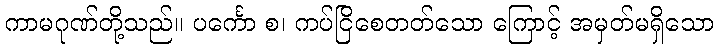
ကာမဂုဏ်တို့သည်။ ပင်္ကော စ၊ ကပ်ငြိစေတတ်သော ကြောင့် အမှတ်မရှိသော